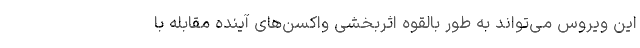
این ویروس می‌تواند به طور بالقوه اثربخشی واکسن‌های آینده مقابله با